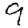
Digit: 9